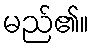
မည်၏။